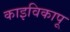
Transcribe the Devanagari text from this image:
काइविकापू